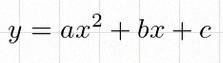
y=ax^2+bx+c